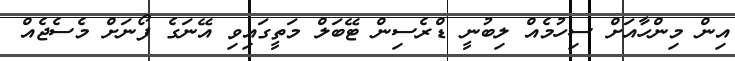
އިން މިންހާއަށް ސިހުމެއް ލިބުނީ ޑްރެސިން ޓޭބަލް މަތީގައިވި އޭނަގެ ފޯނަށް މެސެޖެއް